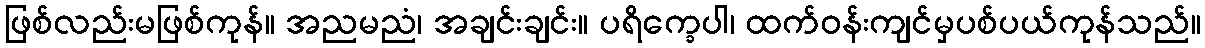
ဖြစ်လည်းမဖြစ်ကုန်။ အညမညံ၊ အချင်းချင်း။ ပရိက္ခေပါ၊ ထက်ဝန်းကျင်မှပစ်ပယ်ကုန်သည်။